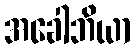
အခေါဘိယာ